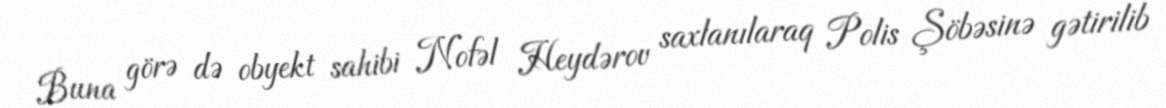
Buna görə də obyekt sahibi Nofəl Heydərov saxlanılaraq Polis Şöbəsinə gətirilib